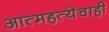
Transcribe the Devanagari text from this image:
आत्महत्येचाही